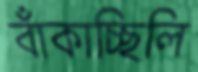
বাঁকাচ্ছিলি